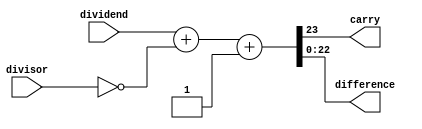
module Adder(divisor,dividend,carry,difference); 
parameter divisorBITS=8; 
parameter dividendBITS=16;
parameter addBITS=divisorBITS+dividendBITS-1;
input [addBITS-1:0] divisor;
input [addBITS-1:0] dividend;
wire [addBITS-1:0] divisorinv;
output carry;
output [addBITS-1:0] difference;

assign divisorinv=~divisor; 
assign {carry,difference} = dividend+divisorinv+1'b1; 

endmodule